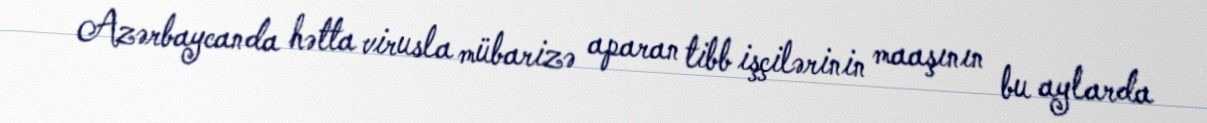
Azərbaycanda hətta virusla mübarizə aparan tibb işçilərinin maaşının bu aylarda